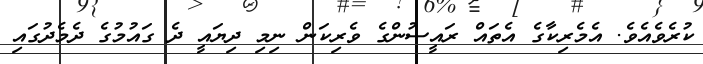
ކުރެވެއެވެ. އެމެރިކާގެ އެތައް ރައީސުންގެ ވެރިކަން ނިމި ދިޔައީ ދެ ގައުމުގެ ދެމެދުގައި